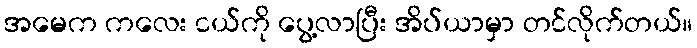
အမေက ကလေး ငယ်ကို ပွေ့လာပြီး အိပ်ယာမှာ တင်လိုက်တယ်။